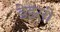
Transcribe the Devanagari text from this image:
डेइसी